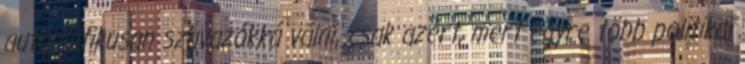
automatikusan szavazókká válni, csak azért, mert egyre több politikai